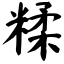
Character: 糅